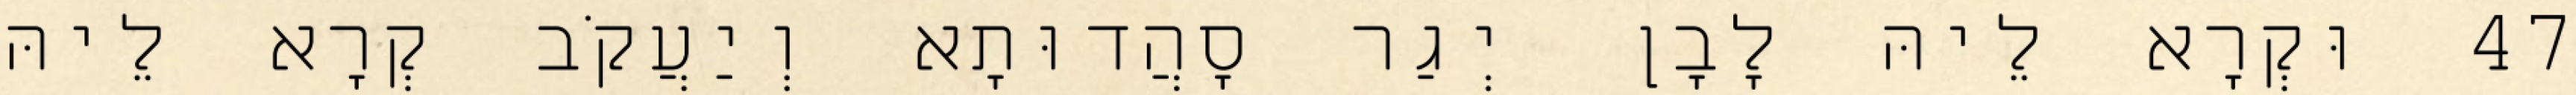
47 וּקְרָא לֵיהּ לָבָן יְגַר סָהֲדוּתָא וְיַעֲקֹב קְרָא לֵיהּ